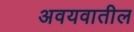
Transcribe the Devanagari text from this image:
अवयवातील